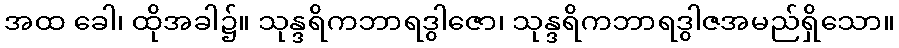
အထ ခေါ၊ ထိုအခါ၌။ သုန္ဒရိကဘာရဒွါဇော၊ သုန္ဒရိကဘာရဒွါဇအမည်ရှိသော။